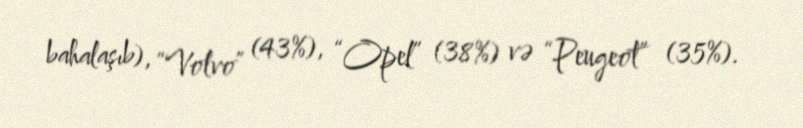
bahalaşıb), “Volvo” (43%), “Opel” (38%) və “Peugeot” (35%).